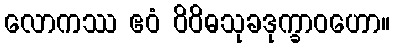
လောကဿ ဧဝံ ဝိဝိဓသုခဒုက္ခာဝဟော။